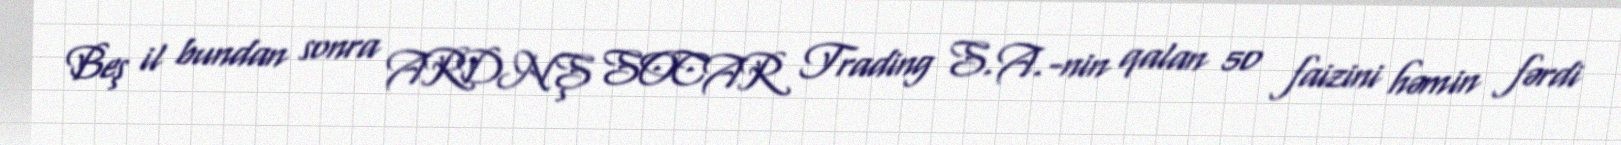
Beş il bundan sonra ARDNŞ SOCAR Trading S.A.-nin qalan 50 faizini həmin fərdi